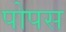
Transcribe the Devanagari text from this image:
पोपस